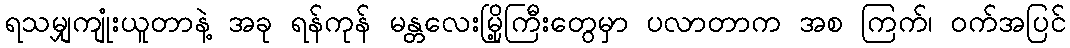
ရသမျှကျုံးယူတာနဲ့ အခု ရန်ကုန် မန္တလေးမြို့ကြီးတွေမှာ ပလာတာက အစ ကြက်၊ ဝက်အပြင်